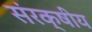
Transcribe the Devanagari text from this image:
संरक्षीय